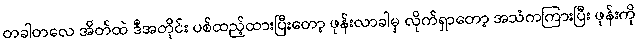
တခါတလေ အိတ်ထဲ ဒီအတိုင်း ပစ်ထည့်ထားပြီးတော့ ဖုန်းလာခါမှ လိုက်ရှာတော့ အသံကကြားပြီး ဖုန်းကို